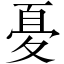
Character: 𱘤